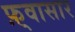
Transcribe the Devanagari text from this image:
फ़्वासार